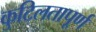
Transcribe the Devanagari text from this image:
कुटिलतापूर्ण